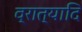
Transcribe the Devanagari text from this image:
व्रात्यादि